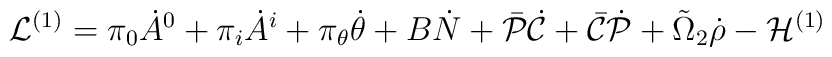
{\cal L}^{(1)}=\pi_{0}\dot{A}^{0}+\pi_i\dot{A}^i+\pi_\theta\dot\theta+B\dot{N}+\bar{\cal P}\dot{\cal C}+\bar{\cal C}\dot{\cal P}+\tilde{\Omega}_{2}\dot\rho-{\cal H}^{(1)}